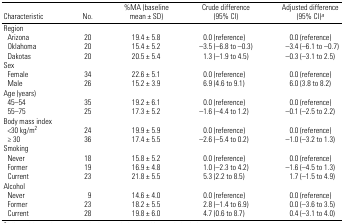
<table><thead><tr><td><b>Characteristic</b></td><td><b>No.</b></td><td><b>%MA (baseline mean ± SD)</b></td><td><b>Crude difference (95% CI)</b></td><td><b>Adjusted difference (95% CI)a</b></td></tr></thead><tbody><tr><td colspan="5">Region</td></tr><tr><td> Arizona</td><td>20</td><td>19.4 ± 5.8</td><td>0.0 (reference)</td><td>0.0 (reference)</td></tr><tr><td> Oklahoma</td><td>20</td><td>15.4 ± 5.2</td><td>−3.5 (−6.8 to −0.3)</td><td>−3.4 (−6.1 to −0.7)</td></tr><tr><td> Dakotas</td><td>20</td><td>20.5 ± 5.4</td><td>1.3 (−1.9 to 4.5)</td><td>−0.3 (−3.1 to 2.5)</td></tr><tr><td colspan="5">Sex</td></tr><tr><td> Female</td><td>34</td><td>22.6 ± 5.1</td><td>0.0 (reference)</td><td>0.0 (reference)</td></tr><tr><td> Male</td><td>26</td><td>15.2 ± 3.9</td><td>6.9 (4.6 to 9.1)</td><td>6.0 (3.8 to 8.2)</td></tr><tr><td colspan="5">Age (years)</td></tr><tr><td> 45–54</td><td>35</td><td>19.2 ± 6.1</td><td>0.0 (reference)</td><td>0.0 (reference)</td></tr><tr><td> 55–75</td><td>25</td><td>17.3 ± 5.2</td><td>− 1.6 (− 4.4 to 1.2)</td><td>− 0.1 (− 2.5 to 2.2)</td></tr><tr><td colspan="5">Body mass index</td></tr><tr><td> &lt;30 kg/m<sup>2</sup></td><td>24</td><td>19.9 ± 5.9</td><td>0.0 (reference)</td><td>0.0 (reference)</td></tr><tr><td> ≥ 30</td><td>36</td><td>17.4 ± 5.5</td><td>− 2.6 (− 5.4 to 0.2)</td><td>− 1.0 (− 3.2 to 1.3)</td></tr><tr><td colspan="5">Smoking</td></tr><tr><td> Never</td><td>18</td><td>15.8 ± 5.2</td><td>0.0 (reference)</td><td>0.0 (reference)</td></tr><tr><td> Former</td><td>19</td><td>16.9 ± 4.8</td><td>1.0 (− 2.3 to 4.2)</td><td>− 1.6 (− 4.5 to 1.3)</td></tr><tr><td> Current</td><td>23</td><td>21.8 ± 5.5</td><td>5.3 (2.2 to 8.5)</td><td>1.7 (− 1.5 to 4.9)</td></tr><tr><td colspan="5">Alcohol</td></tr><tr><td> Never</td><td>9</td><td>14.6 ± 4.0</td><td>0.0 (reference)</td><td>0.0 (reference)</td></tr><tr><td> Former</td><td>23</td><td>18.2 ± 5.5</td><td>2.8 (− 1.4 to 6.9)</td><td>0.0 (− 3.6 to 3.5)</td></tr><tr><td> Current</td><td>28</td><td>19.8 ± 6.0</td><td>4.7 (0.6 to 8.7)</td><td>0.4 (− 3.1 to 4.0)</td></tr></tbody></table>